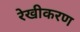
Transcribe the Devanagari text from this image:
रेखीकरण